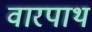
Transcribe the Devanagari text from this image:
वारपाथ